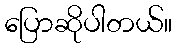
ပြောဆိုပါတယ်။